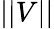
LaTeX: ||V||